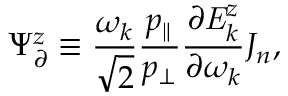
{ \Psi } _ { \partial } ^ { z } \equiv \frac { \omega _ { k } } { \sqrt { 2 } } \frac { p _ { \parallel } } { p _ { \perp } } \frac { \partial \mathit { { E } } _ { k } ^ { z } } { \partial \omega _ { k } } J _ { n } ,